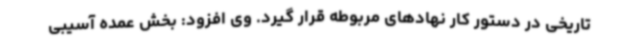
تاریخی در دستور کار نهادهای مربوطه قرار گیرد. وی افزود: بخش عمده آسیبی